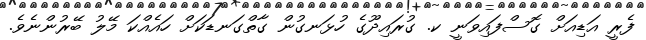
ފެރީ އަޑިއަށް ގޮސްފައިވަނީ ކ. ގުރައިދޫގެ ހުޅަނގުން ގާތްގަނޑަކަށް ހައެއްކަ މޭލު ބޭރުންނެވެ.